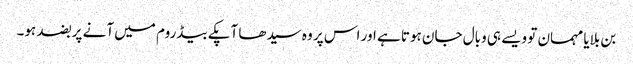
بن بلایا مہمان تو ویسے ہی وبال جان ہوتا ہے اور اس پر وہ سیدھا آپکے بیڈروم میں آنے پر بضد ہو۔